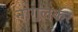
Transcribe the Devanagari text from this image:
नागुलकर